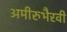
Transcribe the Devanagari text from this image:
अमीरुभैरवी